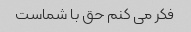
فکر می کنم حق با شماست